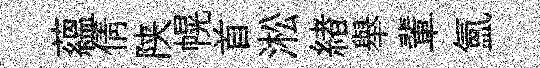
蘊倩陕幌首淞緖舉輩氲